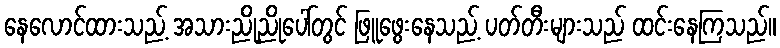
နေလောင်ထားသည့် အသားညိုညိုပေါ်တွင် ဖြူဖွေးနေသည့် ပတ်တီးများသည် ထင်းနေကြသည်။